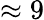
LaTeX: \approx 9